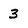
Character: 3